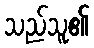
သည်သူ၏